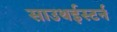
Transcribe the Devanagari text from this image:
साउथईस्टर्न